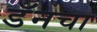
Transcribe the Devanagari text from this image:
डॅनचा